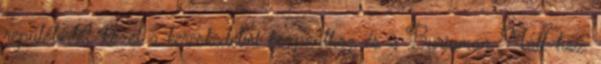
repülőtértől, közel a kereskedelmi központhoz és a Burjuman Mall-hoz.